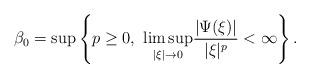
LaTeX: \begin{align*} \beta_0 = \sup \left\{ p \geq 0, \ \underset{ |\xi| \rightarrow 0 }{\lim \sup} \frac{|\Psi(\xi)|}{|\xi|^p} < \infty \right\}. \end{align*}